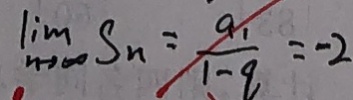
\lim \limits _ { n \rightarrow \infty } s _ { n } = \frac { a _ { 1 } } { 1 - q } = - 2